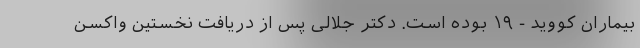
بیماران کووید - ۱۹ بوده است. دکتر جلالی پس از دریافت نخستین واکسن